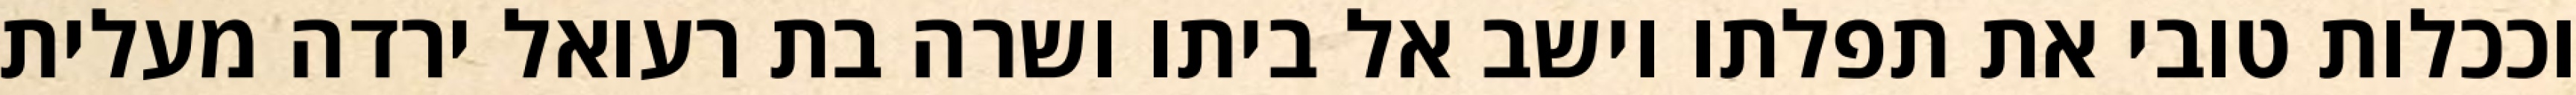
וככלות טובי את תפלתו וישב אל ביתו ושרה בת רעואל ירדה מעלית